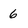
Character: 6